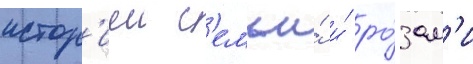
истор'иеи с'емьи́ и́ ро́зам'и